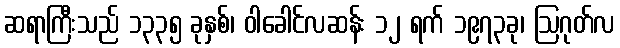
ဆရာကြီးသည် ၁၃၃၅ ခုနှစ်၊ ဝါခေါင်လဆန်း ၁၂ ရက် ၁၉၇၃ခု၊ ဩဂုတ်လ